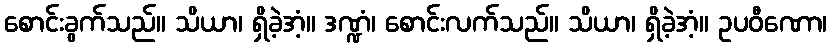
စောင်းခွက်သည်။ သိယာ၊ ရှိခဲ့အံ့။ ဒဏ္ဍံ၊ စောင်းလက်သည်။ သိယာ၊ ရှိခဲ့အံ့။ ဥပဝီဏော၊